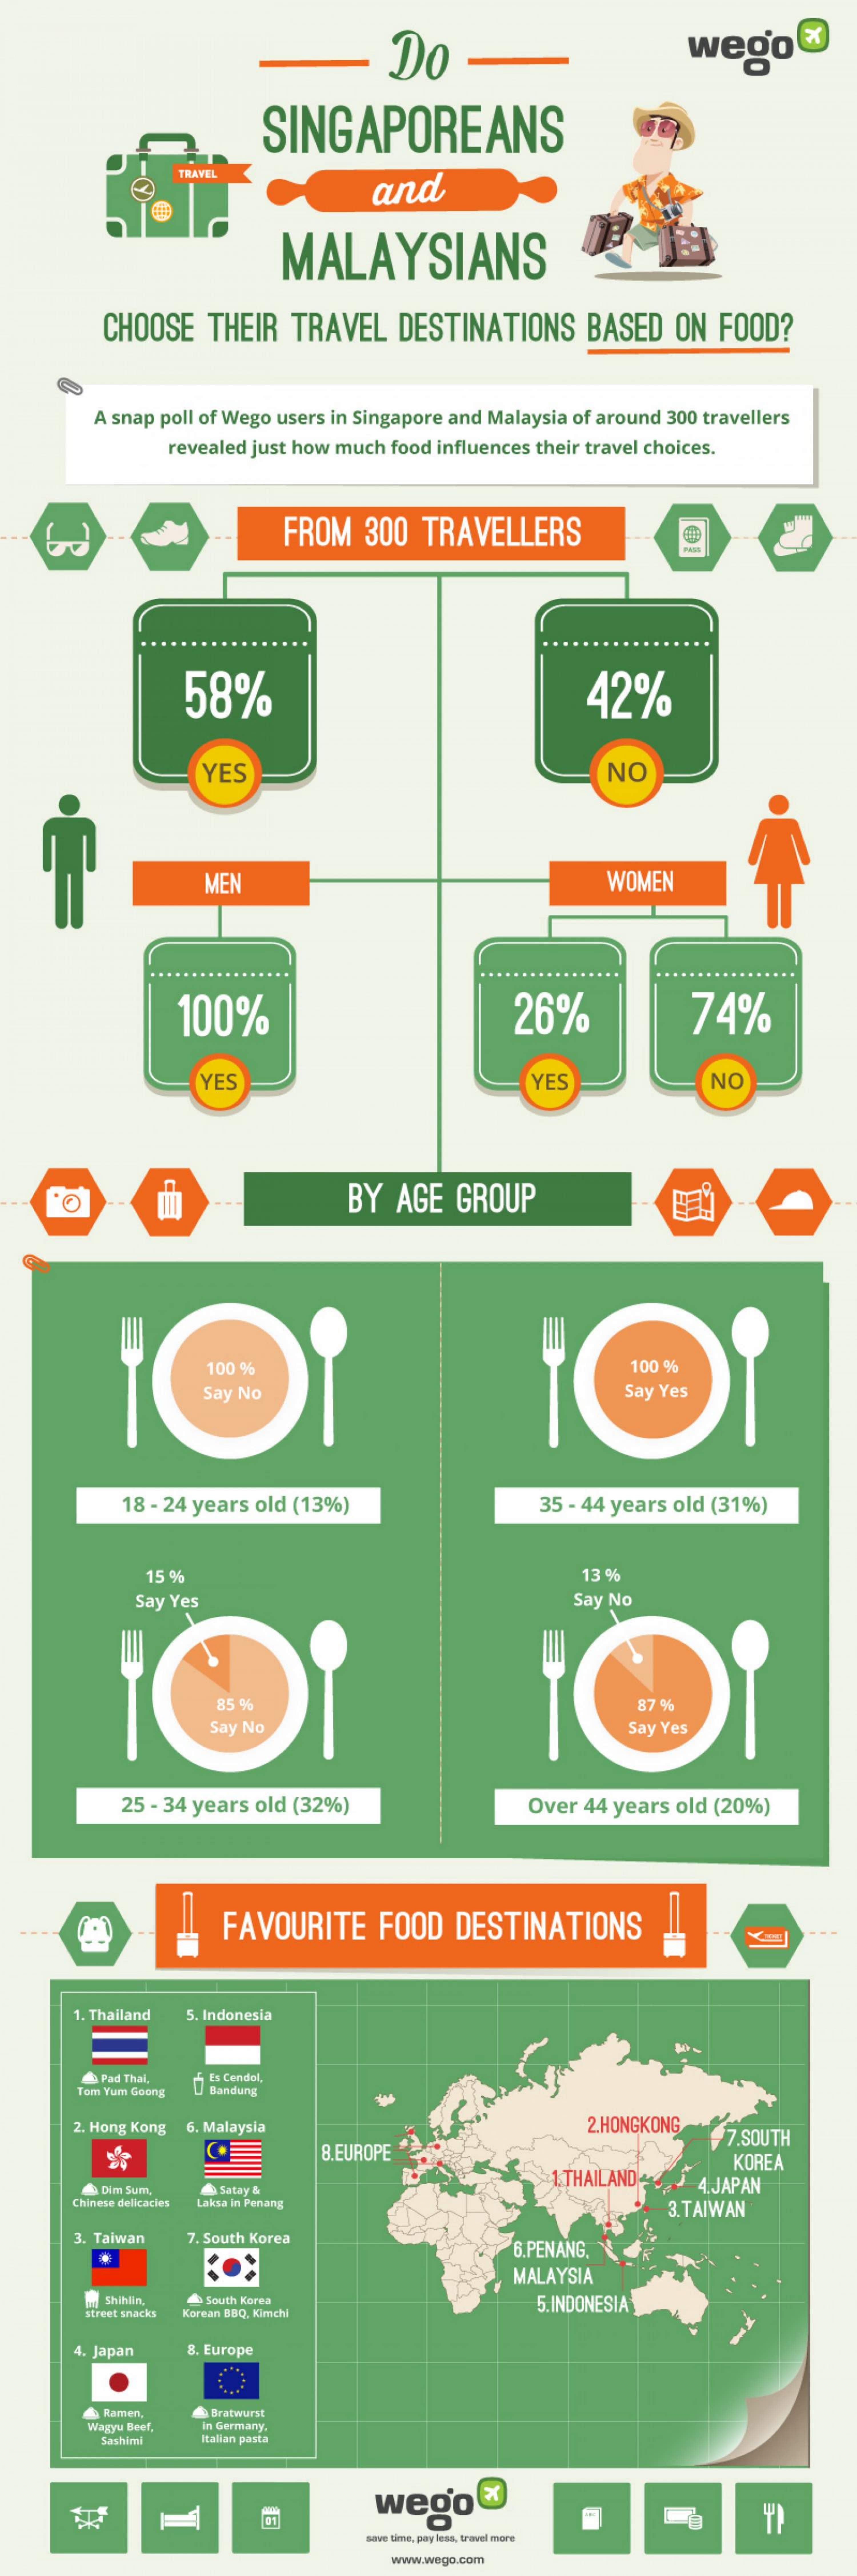
Do    weoo"
     SINGAPOREANS
     TRAVEL
     and
     MALAYSIANS
     CHOOSE    THEIR  TRAVEL    DESTINATIONS    BASED   ON  FOOD?
     A snap poll of Wego users in Singapore and Malaysia of around 300 travellers
     revealed just how much food influences their travel choices.
     FROM   300  TRAVELLERS
     58%    42%
     YES    NO
     MEN    WOMEN
     100%    26%    74%
     YES    YES    NO
     BY  AGE  GROUP
     100 %    100 %
     Say No    Say Yes
     18 - 24 years old (13%)    35 - 44 years old (31%)
     15 %    13 %
     Say Yes    Say No
     85 9    87 %
     Say No    Say Yes
     25 - 34 years old (32%)    Over 44 years old (20%)
     FAVOURITE    FOOD   DESTINATIONS
     1. Thailand 5. Indonesia
     & Pad Thai,
     Tom Yum Goong
     Es Cendol,
     Bandung
     2. Hong Kong 6. Malaysia    2.HONGKONG
     8.EUROPE    7.SOUTH
     1. THAILAND
     KOREA
     & Dim Sum, & Satay &
     4.JAPAN
     Chinese delicacies Laksa in Penang    3.TAIWAN
     3. Taiwan 7. South Korea
     6.PENANG.
     MALAYSIA
     In Shihlin, South Korea    5. INDONESIA
     street snacks Korean BBQ. Kimchi
     4. Japan  8. Europe
     & Ramen,   Bratwurst
     Wagyu Beef, In Germany.
     Sashimi  Italian pasta
     vego
     save time, pay less, travel more
     www.wego.com